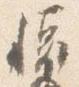
懐